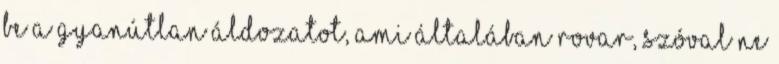
be a gyanútlan áldozatot, ami általában rovar, szóval ne